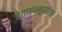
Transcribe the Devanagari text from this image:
चेतारज्जूपर्यंतच